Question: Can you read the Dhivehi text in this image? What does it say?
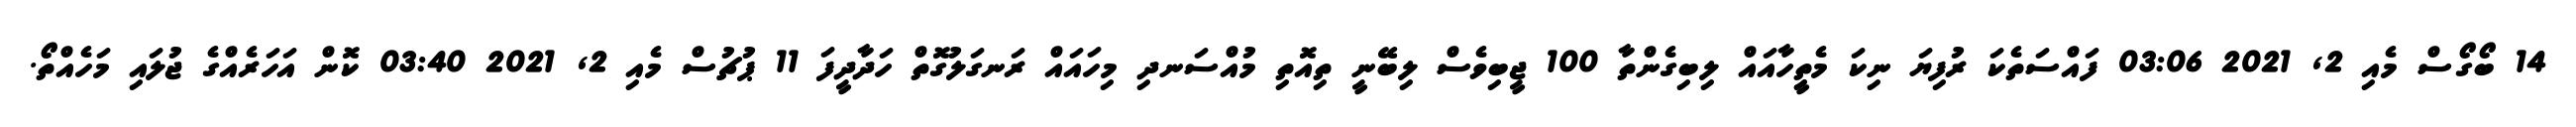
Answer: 14 ބޯގޯސް މެއި 2, 2021 03:06 ފައްސަތެކަ ރުފިޔަ ނިކަ މެތިީހާއައް ލިބިގެންތާ 100 ޖީބިވެސް ލިބޭނީ ތިއޮތި މުއްސަނދި މިހައައް ރަނގަލުގޮތް ހަދާދީފަ 11 ޕުޗުސް މެއި 2, 2021 03:40 ކޮން އަހަރެއްގެ ޖުލައި މަހެއްތޯ.